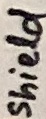
Text: shield